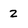
Character: 2